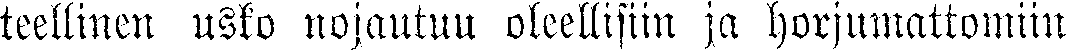
teellinen usko nojautuu oleellisiin ja horjumattomiin